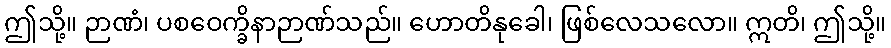
ဤသို့။ ဉာဏံ၊ ပစဝေက္ခိနာဉာဏ်သည်။ ဟောတိနုခေါ၊ ဖြစ်လေသလော။ ဣတိ၊ ဤသို့။